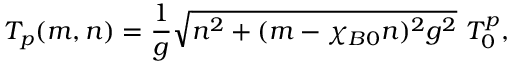
T _ { p } ( m , n ) = \frac { 1 } { g } \sqrt { n ^ { 2 } + ( m - \chi _ { B 0 } n ) ^ { 2 } g ^ { 2 } } ~ T _ { 0 } ^ { p } ,